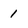
Character: 1